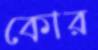
কোর